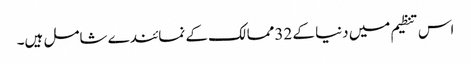
اس تنظیم میں دنیا کے 32ممالک کے نمائندے شامل ہیں۔